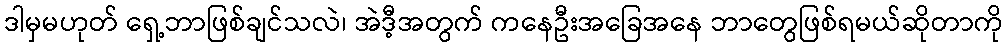
ဒါမှမဟုတ် ရှေ့ဘာဖြစ်ချင်သလဲ၊ အဲဒီ့အတွက် ကနေဦးအခြေအနေ ဘာတွေဖြစ်ရမယ်ဆိုတာကို